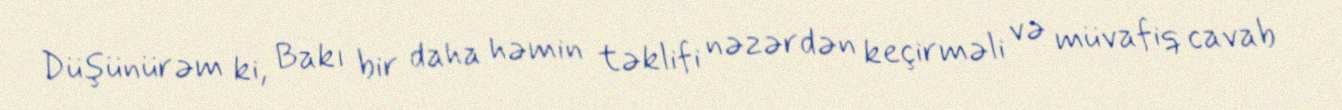
Düşünürəm ki, Bakı bir daha həmin təklifi nəzərdən keçirməli və müvafiq cavab